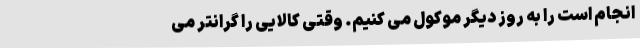
انجام است را به روز دیگر موکول می کنیم. وقتی کالایی را گرانتر می‌